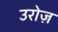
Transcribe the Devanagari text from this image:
उरोज़